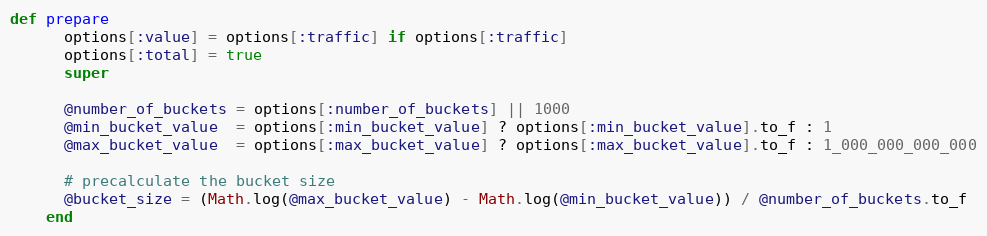
Language: Ruby
def prepare
      options[:value] = options[:traffic] if options[:traffic]
      options[:total] = true
      super

      @number_of_buckets = options[:number_of_buckets] || 1000
      @min_bucket_value  = options[:min_bucket_value] ? options[:min_bucket_value].to_f : 1
      @max_bucket_value  = options[:max_bucket_value] ? options[:max_bucket_value].to_f : 1_000_000_000_000

      # precalculate the bucket size
      @bucket_size = (Math.log(@max_bucket_value) - Math.log(@min_bucket_value)) / @number_of_buckets.to_f
    end